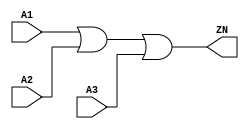
module OR3_X2 (A1, A2, A3, ZN);
  input A1;
  input A2;
  input A3;
  output ZN;

  or(ZN, i_4, A3);
  or(i_4, A1, A2);


endmodule